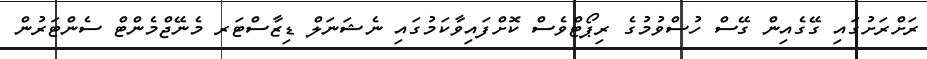
ރަށްރަށުގައި ގޭގެއިން ގޭސް ހުސްވުމުގެ ރިޕޯޓްވެސް ކޮށްފައިވާކަމުގައި ނެޝަނަލް ޑިޒާސްޓަރ މެނޭޖްމެންޓް ސެންޓަރުން